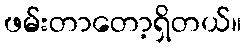
ဖမ်းတာတော့ရှိတယ်။